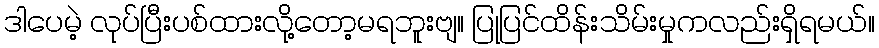
ဒါပေမဲ့ လုပ်ပြီးပစ်ထားလို့တော့မရဘူးဗျ။ ပြုပြင်ထိန်းသိမ်းမှုကလည်းရှိရမယ်။